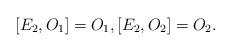
LaTeX: \begin{gather*} [E_2, O_1] = O_1, [E_2, O_2] = O_2.\end{gather*}